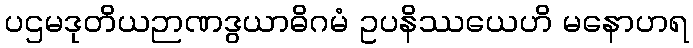
ပဌမဒုတိယဉာဏဒွယာဓိဂမံ ဥပနိဿယေဟိ မနောဟရ